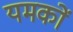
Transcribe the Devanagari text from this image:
यमकों